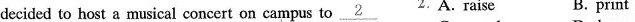
decided to host a musical concert on campus to \underline{2} 2.A.raise B.print